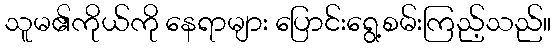
သူမ၏ကိုယ်ကို နေရာများ ပြောင်းရွေ့စမ်းကြည့်သည်။